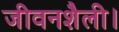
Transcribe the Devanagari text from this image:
जीवनशैली।